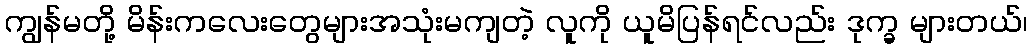
ကျွန်မတို့ မိန်းကလေးတွေများအသုံးမကျတဲ့ လူကို ယူမိပြန်ရင်လည်း ဒုက္ခ များတယ်၊